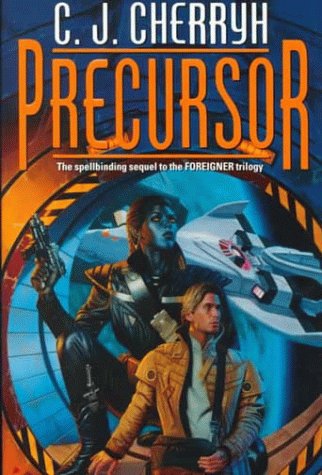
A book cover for Precursor (Foreigner 4); C. J. Cherryh; Science Fiction & Fantasy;